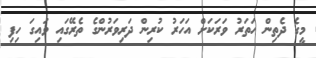
މީގެ ދެތިން ހަތަރު ވަރަކަށް އަހަރު ކުރިން ދަރިވަރުންގެ ތެރޭގައި ވައިގަ ހިފި